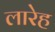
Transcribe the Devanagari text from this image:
लारेह